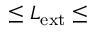
\leq L _ { \mathrm { e x t } } \leq